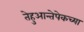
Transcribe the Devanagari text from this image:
तेहुआन्तेपेकच्या